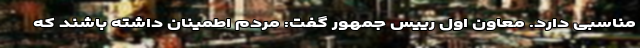
مناسبی دارد. معاون اول رییس جمهور گفت: مردم اطمینان داشته باشند که